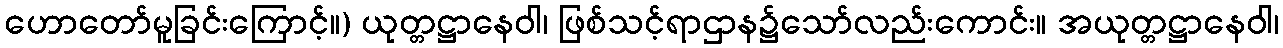
ဟောတော်မူခြင်းကြောင့်။) ယုတ္တဋ္ဌာနေဝါ၊ ဖြစ်သင့်ရာဌာန၌သော်လည်းကောင်း။ အယုတ္တဋ္ဌာနေဝါ၊